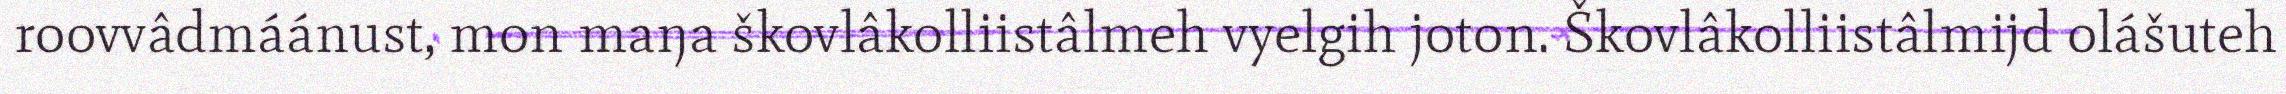
roovvâdmáánust, mon maŋa škovlâkolliistâlmeh vyelgih joton. Škovlâkolliistâlmijd olášuteh